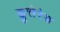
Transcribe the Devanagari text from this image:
क्लुत्तेरेड